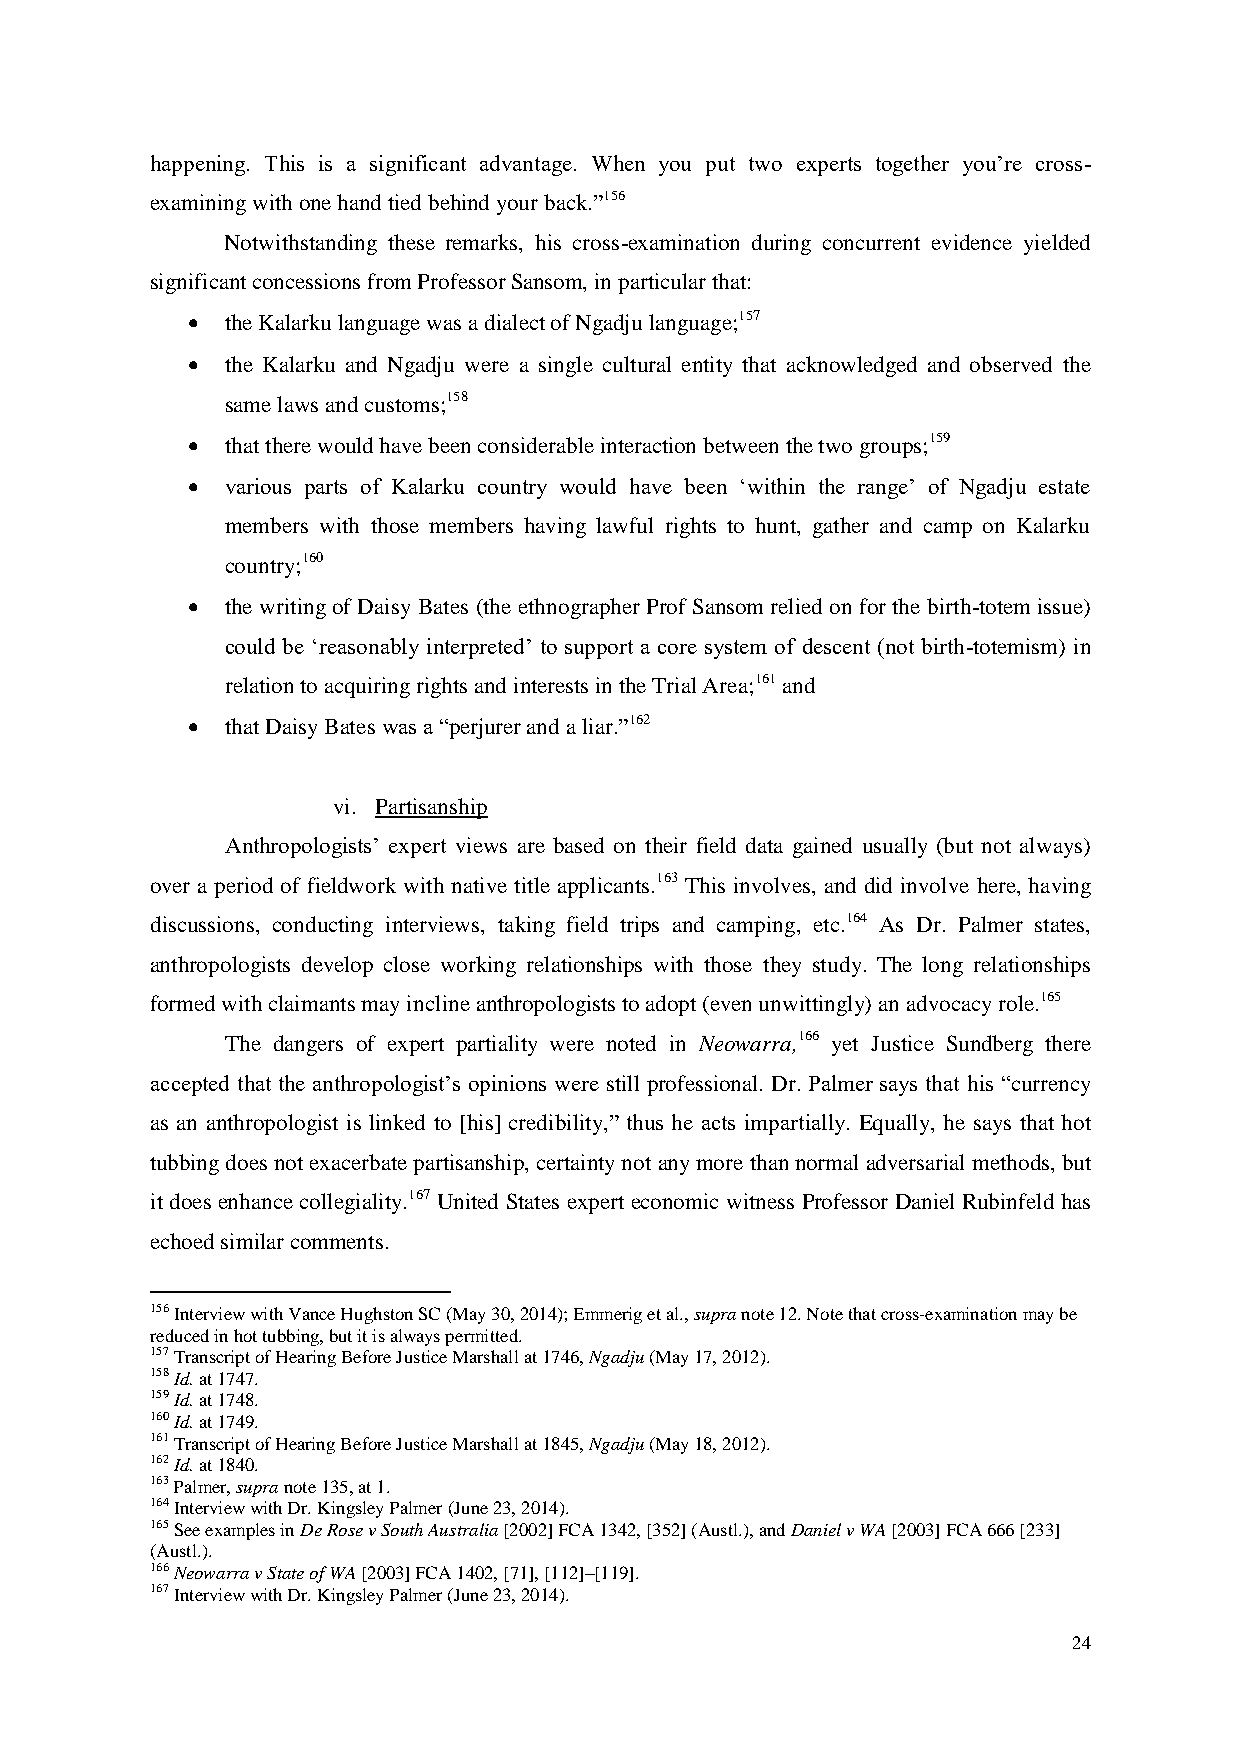
happening. This is a significant advantage. When you put two experts together you’re cross-
 examining with one hand tied behind your back.”156
 Notwithstanding these remarks, his cross-examination during concurrent evidence yielded
 significant concessions from Professor Sansom, in particular that:
   the Kalarku language was a dialect of Ngadju language;157
   the Kalarku and Ngadju were a single cultural entity that acknowledged and observed the
 same laws and customs;158
   that there would have been considerable interaction between the two groups;159
   various parts of Kalarku country would have been ‘within the range’ of Ngadju estate
 members with those members having lawful rights to hunt, gather and camp on Kalarku
 country;160
   the writing of Daisy Bates (the ethnographer Prof Sansom relied on for the birth-totem issue)
 could be ‘reasonably interpreted’ to support a core system of descent (not birth-totemism) in
 relation to acquiring rights and interests in the Trial Area;161 and
   that Daisy Bates was a “perjurer and a liar.”162
 vi. Partisanship
 Anthropologists’ expert views are based on their field data gained usually (but not always)
 over a period of fieldwork with native title applicants.163 This involves, and did involve here, having
 discussions, conducting interviews, taking field trips and camping, etc.164 As Dr. Palmer states,
 anthropologists develop close working relationships with those they study. The long relationships
 formed with claimants may incline anthropologists to adopt (even unwittingly) an advocacy role.165
 The dangers of expert partiality were noted in Neowarra,166 yet Justice Sundberg there
 accepted that the anthropologist’s opinions were still professional. Dr. Palmer says that his “currency
 as an anthropologist is linked to [his] credibility,” thus he acts impartially. Equally, he says that hot
 tubbing does not exacerbate partisanship, certainty not any more than normal adversarial methods, but
 it does enhance collegiality.167 United States expert economic witness Professor Daniel Rubinfeld has
 echoed similar comments.
 156 Interview with Vance Hughston SC (May 30, 2014); Emmerig et al., supra note 12. Note that cross-examination may be
 reduced in hot tubbing, but it is always permitted.
 157 Transcript of Hearing Before Justice Marshall at 1746, Ngadju (May 17, 2012).
 158 Id. at 1747.
 159 Id. at 1748.
 160 Id. at 1749.
 161 Transcript of Hearing Before Justice Marshall at 1845, Ngadju (May 18, 2012).
 162 Id. at 1840.
 163 Palmer, supra note 135, at 1.
 164 Interview with Dr. Kingsley Palmer (June 23, 2014).
 165 See examples in De Rose v South Australia [2002] FCA 1342, [352] (Austl.), and Daniel v WA [2003] FCA 666 [233]
 (Austl.).
 166 Neowarra v State of WA [2003] FCA 1402, [71], [112]–[119].
 167 Interview with Dr. Kingsley Palmer (June 23, 2014).
 24